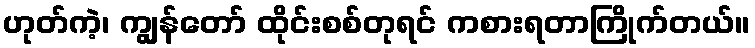
ဟုတ်ကဲ့၊ ကျွန်တော် ထိုင်းစစ်တုရင် ကစားရတာကြိုက်တယ်။